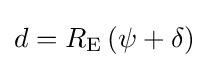
d={{R}_{\text{E}}}\left(\psi +\delta \right)